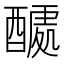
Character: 𮠽